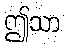
ဤသာ